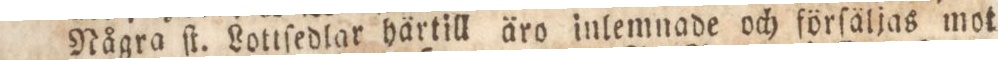
Några ſt. Lottſedlar härtill äro inlemnade och förſäljas mot